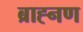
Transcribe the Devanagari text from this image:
ब्राह्नण